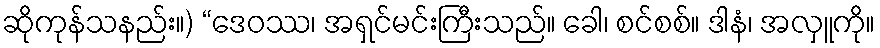
ဆိုကုန်သနည်း။) “ဒေဝဿ၊ အရှင်မင်းကြီးသည်။ ခေါ၊ စင်စစ်။ ဒါနံ၊ အလှူကို။